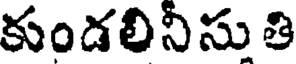
కుండలినిసు తి